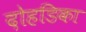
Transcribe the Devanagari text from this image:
दोहडिका